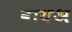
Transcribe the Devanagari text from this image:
वायुअ